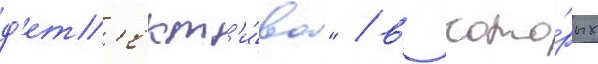
д'ет'ект'и́ва" / в кото́рых